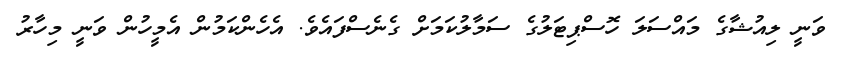
ވަނީ ލިއުޝާގެ މައްސަލަ ހޮސްޕިޓަލުގެ ސަމާލުކަމަށް ގެނެސްފައެވެ. އެހެންކަމުން އެމީހުން ވަނީ މިހާރު